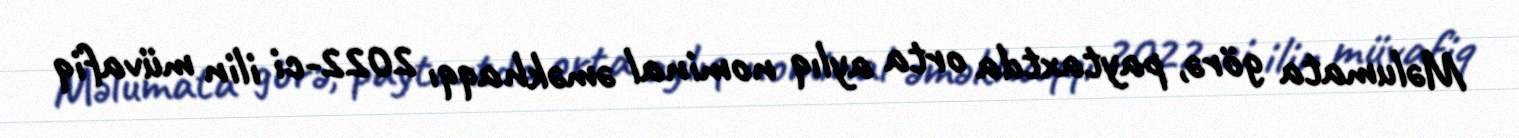
Məlumata görə, paytaxtda orta aylıq nominal əməkhaqqı 2022-ci ilin müvafiq